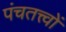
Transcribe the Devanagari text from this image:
पंचतत्त्वों